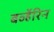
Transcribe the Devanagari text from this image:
बर्व्हेरिन